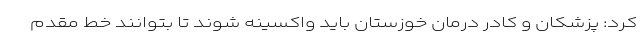
کرد: پزشکان و کادر درمان خوزستان باید واکسینه شوند تا بتوانند خط مقدم